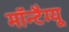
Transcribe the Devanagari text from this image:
मॉन्टैग्यू